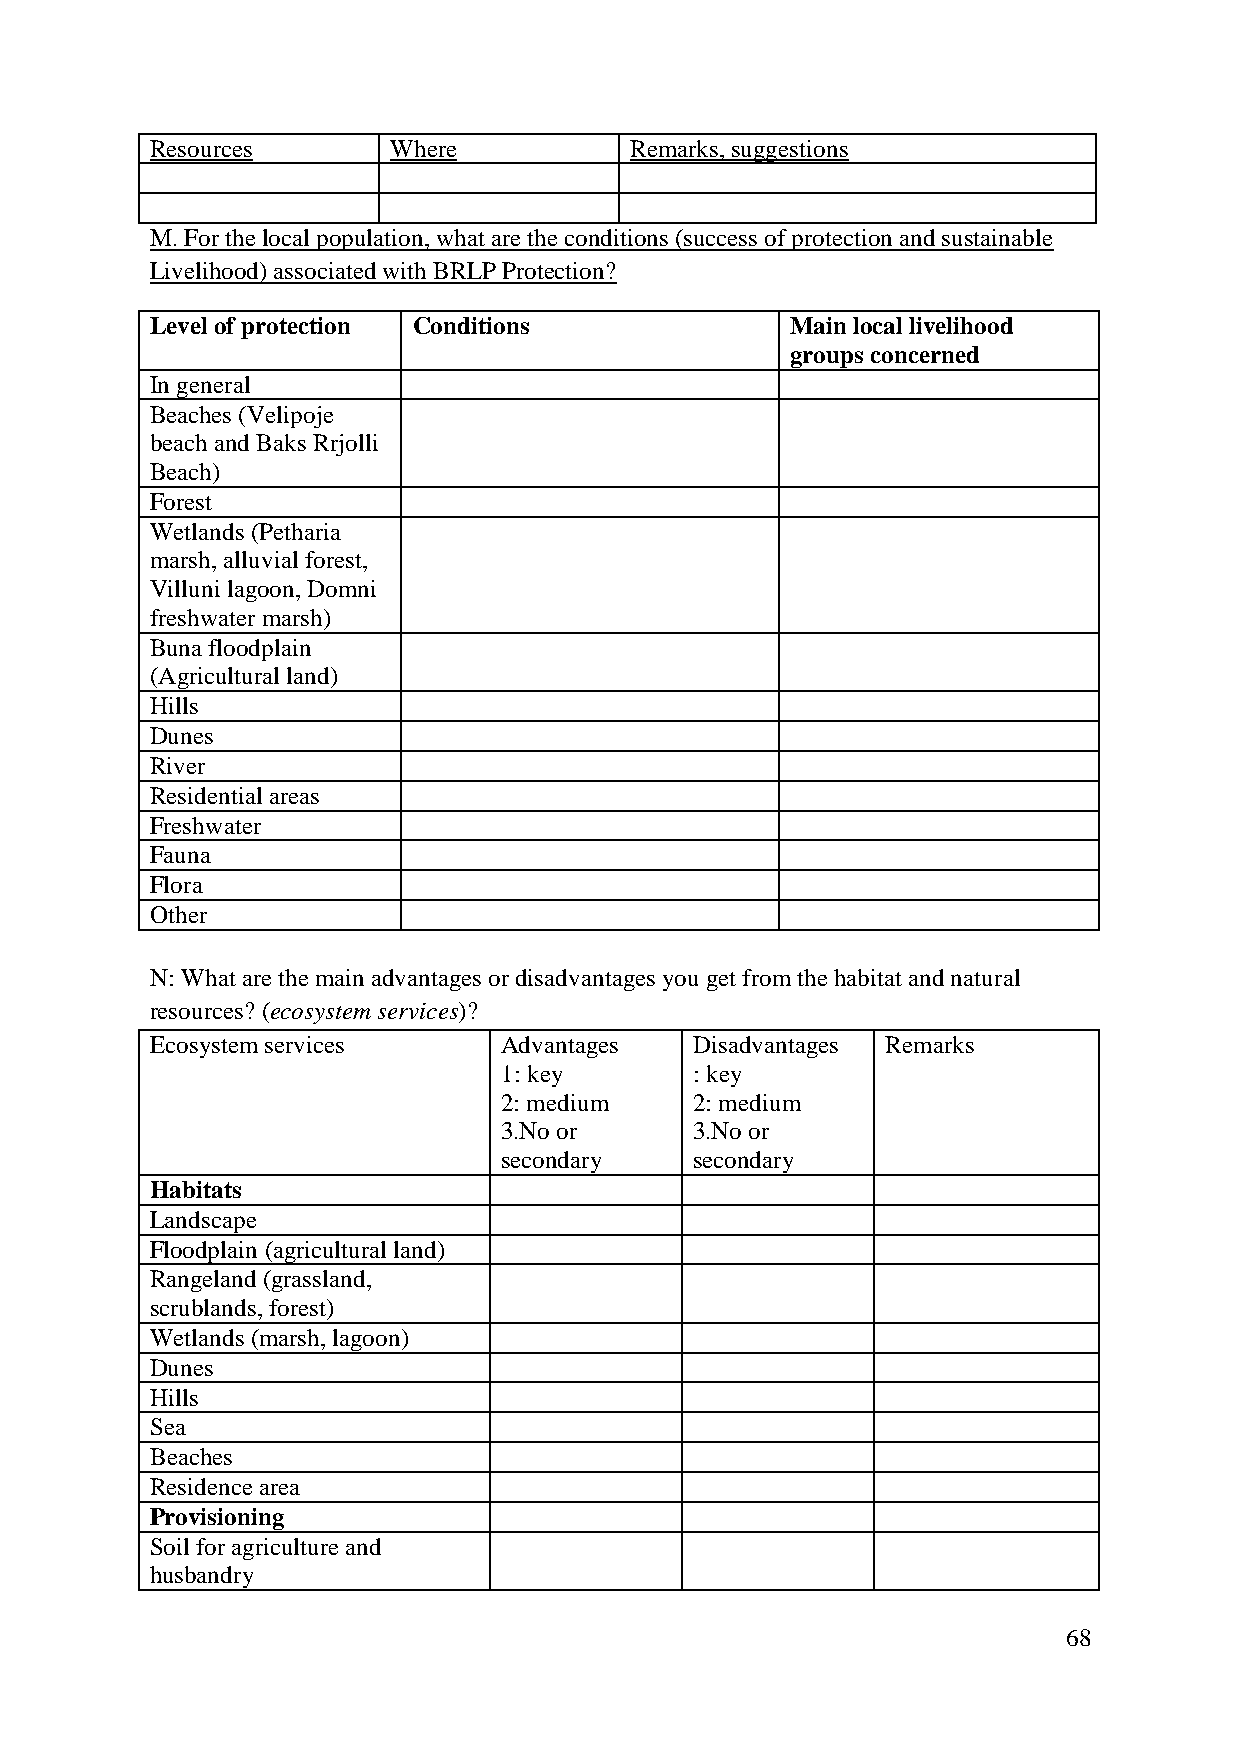
Resources       Where           Remarks, suggestions
 M. For the local population, what are the conditions (success of protection and sustainable
 Livelihood) associated with BRLP Protection?
 Level of protection Conditions            Main local livelihood
 groups concerned
 In general
 Beaches (Velipoje
 beach and Baks Rrjolli
 Beach)
 Forest
 Wetlands (Petharia
 marsh, alluvial forest,
 Villuni lagoon, Domni
 freshwater marsh)
 Buna floodplain
 (Agricultural land)
 Hills
 Dunes
 River
 Residential areas
 Freshwater
 Fauna
 Flora
 Other
 N: What are the main advantages or disadvantages you get from the habitat and natural
 resources? (ecosystem services)?
 Ecosystem services     Advantages   Disadvantages Remarks
 1: key       : key
 2: medium    2: medium
 3.No or      3.No or
 secondary    secondary
 Habitats
 Landscape
 Floodplain (agricultural land)
 Rangeland (grassland,
 scrublands, forest)
 Wetlands (marsh, lagoon)
 Dunes
 Hills
 Sea
 Beaches
 Residence area
 Provisioning
 Soil for agriculture and
 husbandry
 68